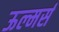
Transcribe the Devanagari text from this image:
ऊल्मर्स